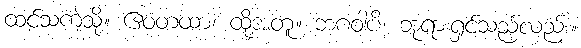
ထင်သကဲ့သို့။ ဧဝံတထာ၊ ထို့အတူ။ ဘဂဝါပိ၊ ဘုရားရှင်သည်လည်း။